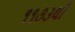
૧૧૭૩થી